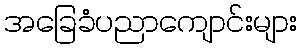
အခြေခံပညာကျောင်းများ